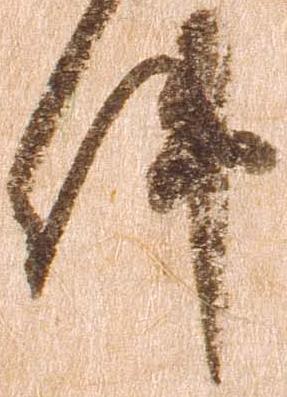
件